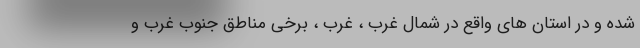
شده و در استان های واقع در شمال غرب ، غرب ، برخی مناطق جنوب غرب و